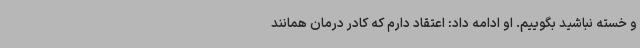
و خسته نباشید بگوییم. او ادامه داد: اعتقاد دارم که کادر درمان همانند